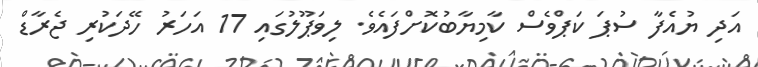
އަދި ޔުއެފާ ސުޕަ ކަޕްވެސް ކާމިޔާބުކޮށްފައެވެ. ލިވަޕޫލުގައި 17 އަހަރު ހޭދަކުރި ޖެރާޑް